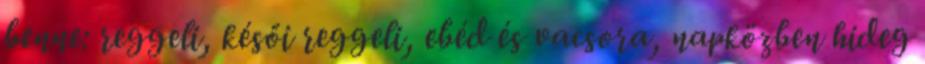
benne: reggeli, késői reggeli, ebéd és vacsora, napközben hideg